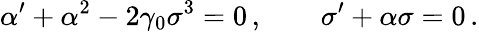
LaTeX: \alpha^{\prime}+\alpha^{2}-2\gamma_{0}\sigma^{3}=0\, ,\qquad\sigma^{\prime}+\alpha\sigma=0\, .